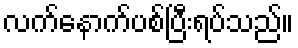
လက်နောက်ပစ်ပြီးရပ်သည်။